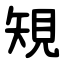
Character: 䂓